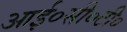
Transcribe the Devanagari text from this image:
आई०सी०टी०